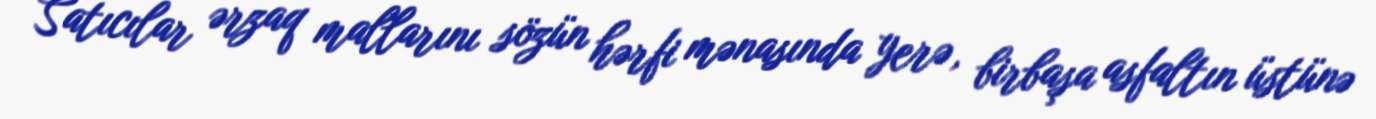
Satıcılar ərzaq mallarını sözün hərfi mənasında yerə, birbaşa asfaltın üstünə